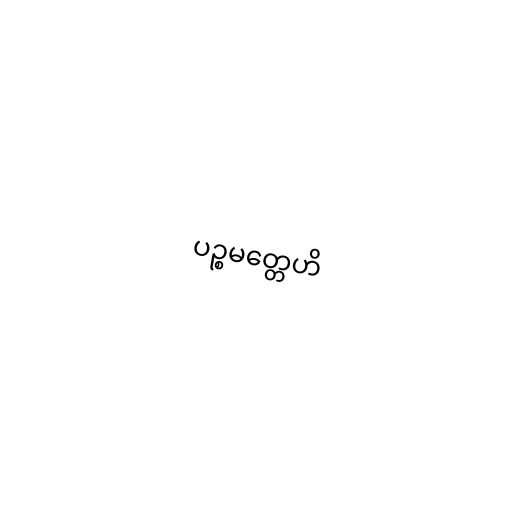
ပဉ္စမတ္တေဟိ